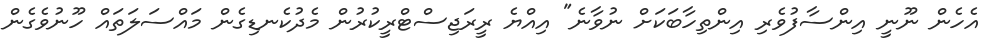
އެހެން ނޫނީ އިންސާފުވެރި އިންތިހާބަކަށް ނުވާނެ" އިއްޔެ ރީރަޖިސްޓްރީކުރުން މެދުކެނޑިގެން މައްސަލަތައް ހޫނުވެގެން